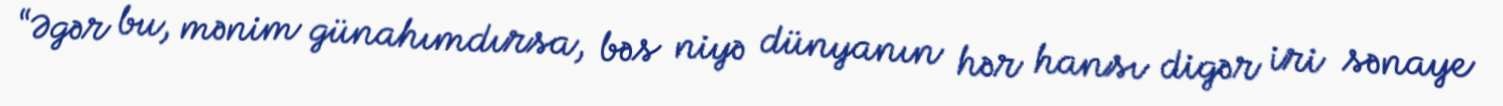
“Əgər bu, mənim günahımdırsa, bəs niyə dünyanın hər hansı digər iri sənaye